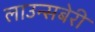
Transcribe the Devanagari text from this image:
लाउन्सबेरी